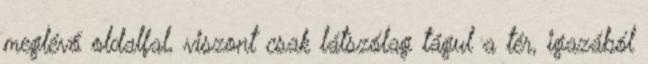
meglévő oldalfal, viszont csak látszólag tágul a tér, igazából